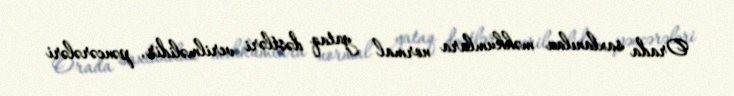
Orada saxlanılan məhkumlara normal yataq dəstləri verilməlidir, pəncərələri